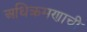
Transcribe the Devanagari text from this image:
अधिक्रमणाची